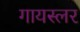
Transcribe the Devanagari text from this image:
गायस्लर